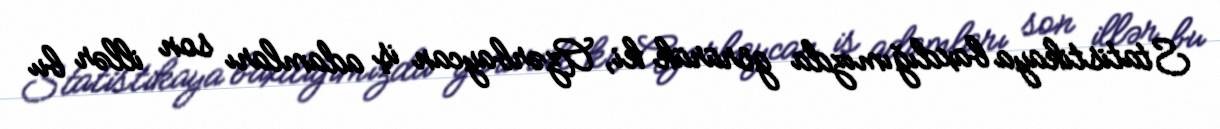
Statistikaya baxdığımızda görürük ki, Azərbaycan iş adamları son illər bu